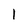
Character: 1